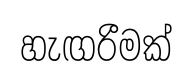
හැඟරීමක්